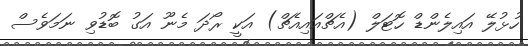
ހުޅުލޭ އައިލެންޑް ހޮޓަލް (އެޗްއައިއެޗް) އަކީ ރޯދަ މެނޫ އަގު ބޮޑުވި ނަމަވެސް